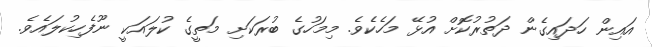
އައިން ހަދައިގެން ދަތުރުކޮށް އުޅޭ މަހެކެވެ. މިމަހުގެ ބުރަކަށި މަތީގެ ކުލައަކީ ނޫފެހިކުލައެވެ.